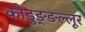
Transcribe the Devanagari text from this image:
कोडुङ्ङल्लूर